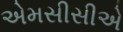
એમસીસીએ